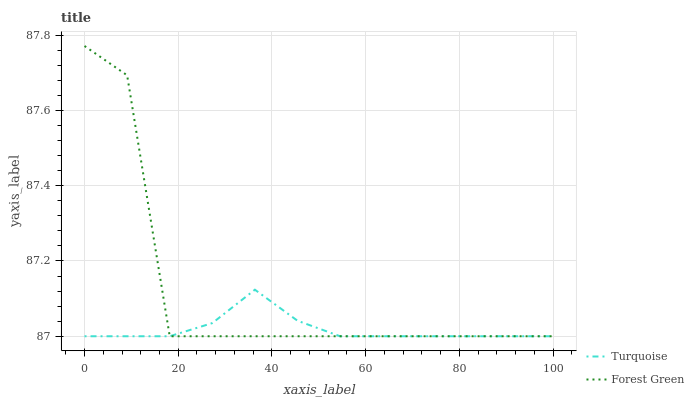
| xaxis_label | Turquoise | Forest Green |
 | --- | --- | --- |
 | 0 | 87 | 87.8 |
 | 9.09 | 87 | 87.7 |
 | 18.2 | 87 | 87 |
 | 27.3 | 87 | 87 |
 | 36.4 | 87.1 | 87 |
 | 45.5 | 87 | 87 |
 | 54.5 | 87 | 87 |
 | 63.6 | 87 | 87 |
 | 72.7 | 87 | 87 |
 | 81.8 | 87 | 87 |
 | 90.9 | 87 | 87 |
 | 100 | 87 | 87 |